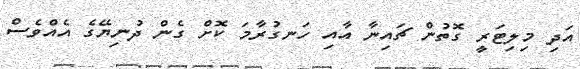
އަދި މިލިޓަރީ ގޮތުން ޗައިނާ އާއި ހަނގުރާމަ ކޮށް ގެން ދުނިޔޭގެ އެއްވެސް